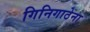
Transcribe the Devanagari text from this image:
गिनिगाठेना